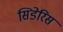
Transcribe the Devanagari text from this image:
सिडेरिस